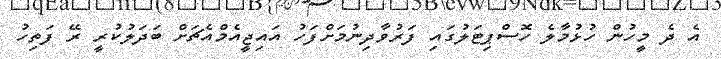
އެ ދެ މީހުން ހުޅުމާލެ ހޮސްޕިޓަލުގައި ފަރުވާދިނުމަށްފަހު އައިޖީއެމްއެޗަށް ބަދަލުކުރީ ރޭ ފަތިހު